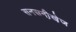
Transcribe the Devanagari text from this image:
सनसनी़खे़ज